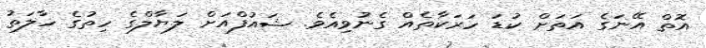
އޮތް އޭނަގެ އަތަށް ކުޑަ ހަރަކާތެއް ގެނުވިއެވެ. ޝައުފްއަށް ލަޔާލްގެ ހިތުގެ ހާލަތު